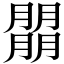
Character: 朤